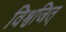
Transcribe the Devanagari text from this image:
विश्वजित्‌